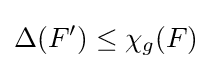
\Delta (F')\leq \chi _{g}(F)